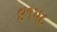
૪૧૫૮